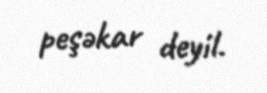
peşəkar deyil.